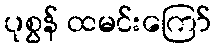
ပုစွန် ထမင်းကြော်